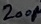
Text: 200µ